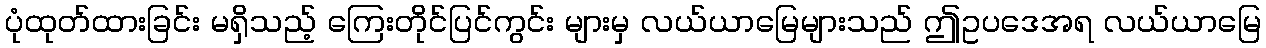
ပုံထုတ်ထားခြင်း မရှိသည့် ကြေးတိုင်ပြင်ကွင်း များမှ လယ်ယာမြေများသည် ဤဥပဒေအရ လယ်ယာမြေ